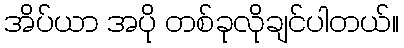
အိပ်ယာ အပို တစ်ခုလိုချင်ပါတယ်။